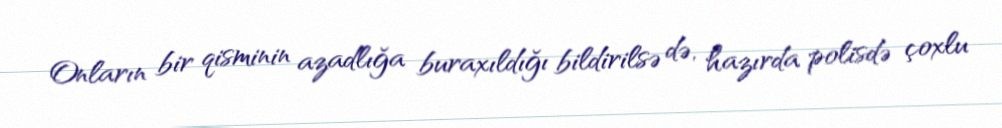
Onların bir qisminin azadlığa buraxıldığı bildirilsə də, hazırda polisdə çoxlu